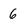
Character: 6